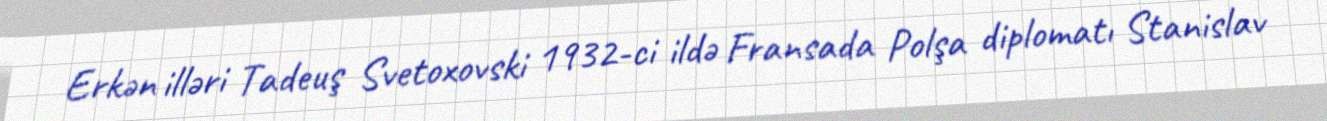
Erkən illəri Tadeuş Svetoxovski 1932-ci ildə Fransada Polşa diplomatı Stanislav